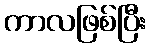
ကာလဖြစ်ပြီး